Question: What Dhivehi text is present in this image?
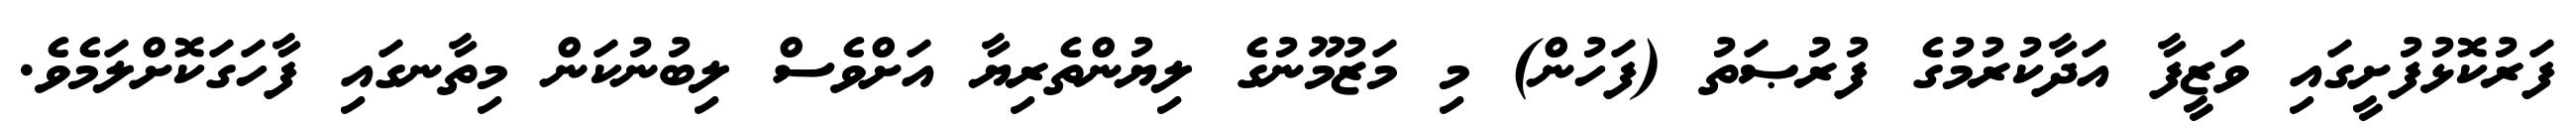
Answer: ފަރުކޮޅުފުށީގައި ވަޒީފާ އަދާކުރުމުގެ ފުރުޞަތު (ފަހުން) މި މަޒުމޫނުގެ ލިޔުންތެރިޔާ އަށްވެސް ލިބުނުކަން މިތާނގައި ފާހަގަކޮށްލަމެވެ.